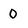
Character: 0